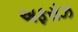
અફરોઝ